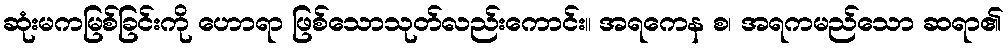
ဆုံးမကမြစ်ခြင်းကို ဟောရာ ဖြစ်သောသုတ်လည်းကောင်း။ အရကေန စ၊ အရကမည်သော ဆရာ၏